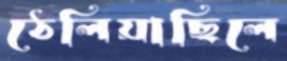
ঠেলিয়াছিলে